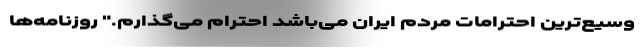
وسیع‌ترین احترامات مردم ایران می‌باشد احترام می‌گذارم." روزنامه‌ها